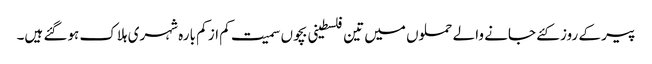
پیر کے روز کئے جانے والے حملوں میں تین فلسطینی بچوں سمیت کم از کم بارہ شہری ہلاک ہوگئے ہیں۔